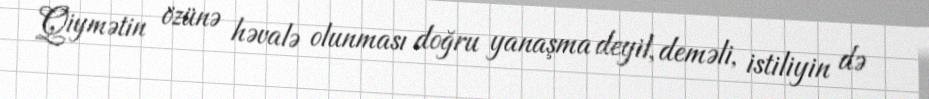
Qiymətin özünə həvalə olunması doğru yanaşma deyil, deməli, istiliyin də